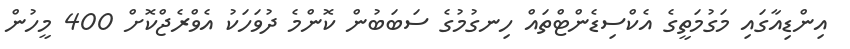
އިންޑިއާގައި މަގުމަތީގެ އެކްސިޑެންޓްތައް ހިނގުމުގެ ސަބަބުން ކޮންމެ ދުވަހަކު އެވްރެޖްކޮށް 400 މީހުން